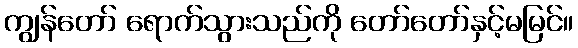
ကျွန်တော် ရောက်သွားသည်ကို တော်တော်နှင့်မမြင်။